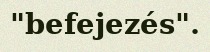
"befejezés".